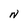
Character: N